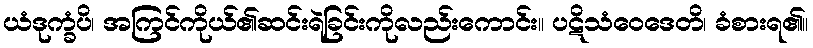
ယံဒုက္ခံပိ၊ အကြင်ကိုယ်၏ဆင်းရဲခြင်းကိုလည်းကောင်း။ ပဋိသံဝေဒေတိ၊ ခံစားရ၏။